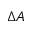
\Delta A